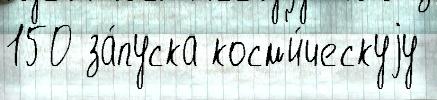
150 за́пуска косм'и́ческуjу